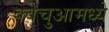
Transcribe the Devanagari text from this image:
क्वेचुआमध्ये